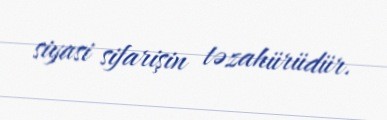
siyasi sifarişin təzahürüdür.